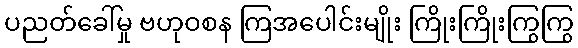
ပညတ်ခေါ်မှု ဗဟုဝစန ကြအပေါင်းမျိုး ကြိုးကြိုးကြွကြွ